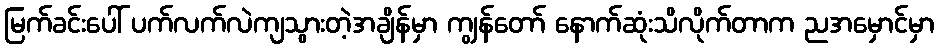
မြက်ခင်းပေါ် ပက်လက်လဲကျသွားတဲ့အချိန်မှာ ကျွန်တော် နောက်ဆုံးသိလိုက်တာက ညအမှောင်မှာ